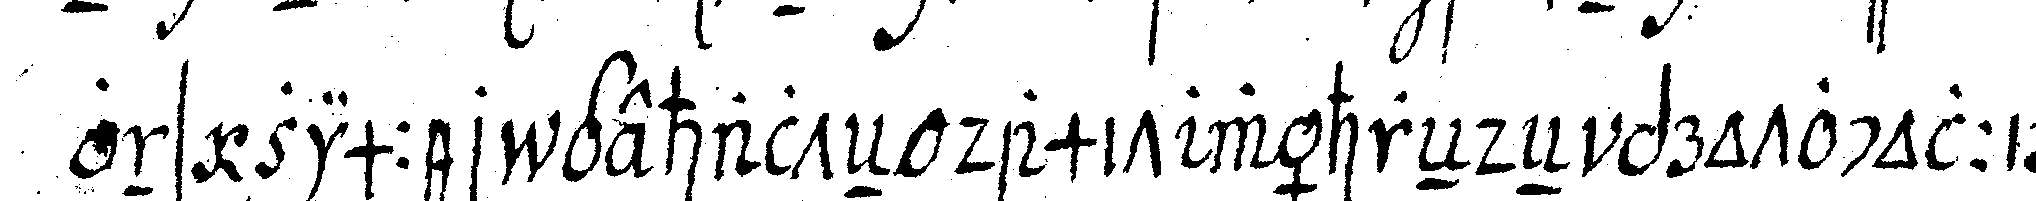
ons zimmer gehalteN damit währeNdeN protocollireN